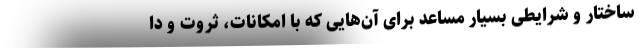
ساختار و شرایطی بسیار مساعد برای آن‌هایی که با امکانات، ثروت و دا